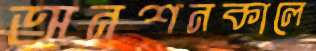
অনশনকালে